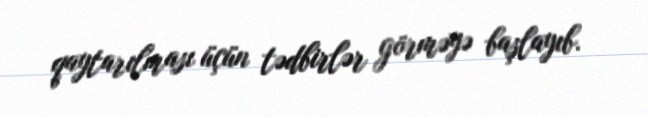
qaytarılması üçün tədbirlər görməyə başlayıb.